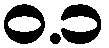
ဝ.၁